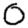
Digit: 0